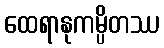
ထေရာနုကမ္ပိတဿ